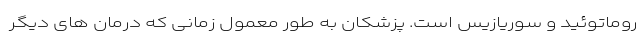
روماتوئید و سوریازیس است. پزشکان به طور معمول زمانی که درمان های دیگر